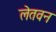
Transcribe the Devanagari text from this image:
लेतवन